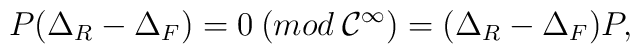
P(\Delta_R -\Delta_F) = 0 \:(mod \:{\cal C}^\infty)= (\Delta_R-\Delta_F)P,